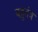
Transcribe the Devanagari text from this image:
बहुतंत्र